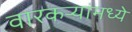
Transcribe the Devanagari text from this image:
वारकर्‍यांमध्ये